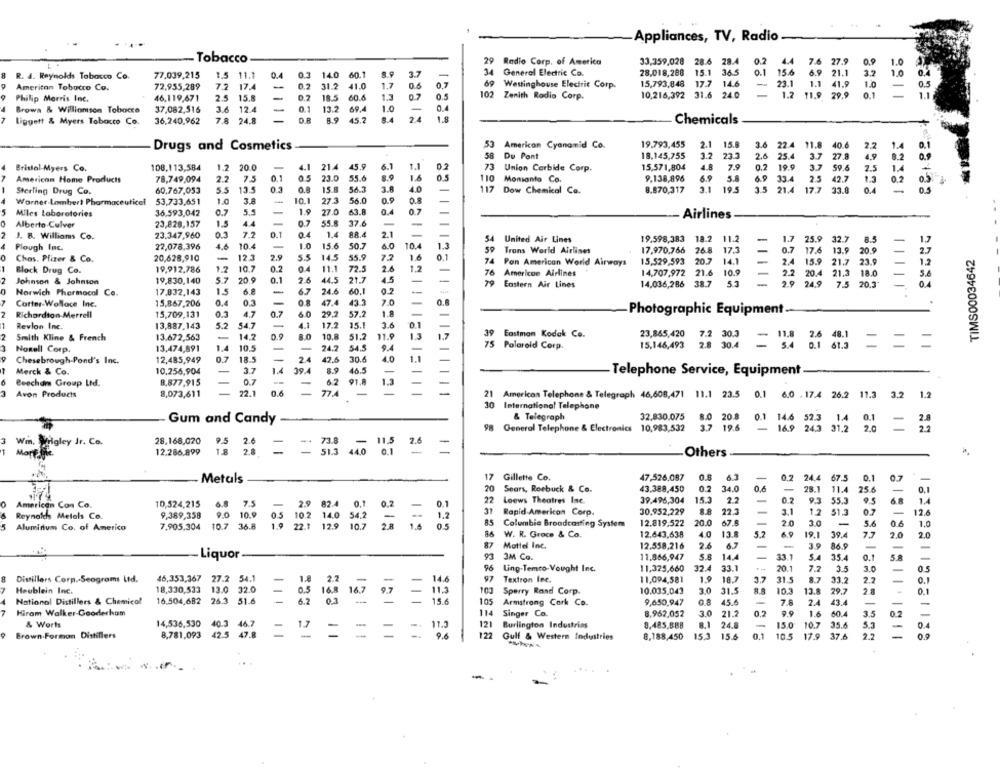
Appliances, TV, Radio
Tobacco
29
Radio Corp. of America
33,359,028
28.6
28.4
4.4
7.6
27.9
0.9
1.0
34
R. A. Reynolds Tobacco Co.
77.039,215
1.5
:11.1
0.4
0.3
14.0 60.1
8.9
3.7
-
General Electric Co.
28.018,288
15.1
36.5
0.1 15.6
6.9 21.1
3.2
1.0
72,955,289
72
17.4
-
0.2
31.2
1.7
0.6
0.7
Westinghouse Electric Corp.
15,793,848
17.7
14.6
23.1
1.1 41.9
1.0
American Tobacco Co.
41.0
102
Philip Morris Inc.
46,119,671
25
15.8
-
0.2 18.5 60.6
1.3
07
0.5
Zenith Radio Corp.
10,216,392
31.6 24.0
1.2
11.9 29.9
0.1
3.6 12.4
0.1 13.2 69.4
1.0
0.4
Brown & Williamson Tobacco
37,082,516
-
liggett & Myers Tobacco Co.
36,240,962
7.8 24.8
OR
8.9 45.2
2.4
1.8
Chemicals
Drugs and Cosmetics
53 American Cyanamid Co.
19.793,455
2.1
15.8
3.6 22.4
11.8 40.6
2.2
0.1
1.2
58 Du Pont
18.145,755
23.
2.6
25.4
3.7
27.8
4,9
Bristol-Myers Co.
108,113,584
1.2
20.0
4.1
21.4
45.9
6.1
1.1
0.2
73 Union Carbide Corp.
15,571,804
7.9
0.2
19.9
59.6
2.5
0.1
23.0
55.6
1.6
9,138,896
6.9
5.8
69
3.7
American Home Products
78,749,094
2.2
7.5
0.5
110 Monsanto Co.
33.4
2.5
42.7
1.3
05
Sterling Drug Co.
60,767,053
5.5
13.5
0.3
15.8
56.3
3.8
117 Dow Chemical Co.
8.870,317
3.1
10.5
3.5
21.4
17.7
0.4
0.5
1.0
3.A
10.1
27.3
56.0
0.9
0.8
Warner.Lombert Pharmaceutical
53,733,651
Miles Laboratories
36.593,042
0.7
5.5
1.9
27.0
63.8
0.7
Airlines
Alberto Culver
23,828,157
1.5
0.7
55.8
37.6
I. B. Williams Co.
23.347,960
03
7.2
0.1
0.4
1.
88.4
2.1
54 United Air Lines
19.598,383
18.2 11.2
-
1.7
25.9 32.7
8.5
Plough Inc.
22,078,396
4.6
10.4
1.0
15.6
50.
40
10.4
1.3
Trons World Airlines
17.970,766
26.8
17.1
-
0.7
17.6
13.9
20.9
2.7
TIMS00034642
0
Chas. Pfizer & Co.
20,628,910
12.3
2.9
55
145
55.9
7.2
1.6
0.1
15,529,593
20.7
14.1
2.4
15.9
21.7
23.9
1,2
Block Drug Co.
19.912.786
10.7
0.2
11.1
72.5
2.6
74 Pan American World Airways
.76
American Airlines
14,707,972
21.6
10.9
-
20.4 21.3 18.0
5.
Johnson & Johnson
19.830,140
5.7
20 9
0.1
2.6
44.5
21.7
1.5
79
Eastern Air Lines
14,036,286
38.7
5.3
2.9 24.9
7.5
20.3
0.4
0
Norwich Pharmacol Co.
17.832,143
15
-
6.7
24.6
60,1
0.2
Carter-Wollace Inc.
15,867,206
0.4
0.3
47.4
43.3
7.0
2
Richardton Merrell
15,709,131
4.7
0.7
60
29.7
57.2
1.8
Photographic Equipment
0.1
Revlon Inc.
13,887,143
54.7
-
4.1
17.2
15.1
3.6
2
Smith Kline & French
13.672,563
14.2
8.0
10.8
51.2
11.9
1.3
1.7
39 Eastman Kodak Co.
23,865,420 7.2 30.3
11.8 2.6 48.1
1.4
9.4
75
75 Polaroid Corp.
15,146,493 2.8 30.4
= 5.4 0.1 61.3
=
-
NoRell Corp.
13,474,891
10.5
24.2
54.5
Chesebrough-Pond's Inc.
12,485,949
07
18.5
24
42.6
30.6
40
1.1
3.7
39.4
8.9
46.5
Merck & Co.
10.256,904
Telephone Service, Equipment
Beecham Group Ltd.
8,877,915
02
62
91.8
1.3
22.1
0.6
77.4
-
-
3
Avon Products
8,073,611
21 American Telephone & Telegraph 46,608,471 11.1 23.5 0.1 6.0 .17.4 26.2 11.3
3.2
1.2
30 International Telephone
& Telegraph
32.830,075
Gum and Candy
8.0 20.8
0.1 14.6 52.3 1.4
0.1
=
2.8
98 General Telephone & Electronics 10,983,532
3.7 19.6
16.9 24.3 31.2
2.0
2.2
3
Win, Wrigley Ir. Co.
28.168,020
9.5
11.5
2.6
Morf lie.
12.286.899
1.8
28
=
=
Others
17
Gillette Co.
47,526,087
0.8
6.3
-
0.7
24.4
67.5
0.1
0.7
Metals
20 Sears, Roebuck & Co.
43.388,450
0.2
34.0
0.6
-
28.1
11.4
25.6
0.1
22
Loews Theatres Inc.
39.496,304
15.3
27
0.2
9.3
55.3
6.
American Con Co.
10,524,215
6.8 7.5
-
2.9 82.4
0.1
-
Reynolds Metels Co.
9,389,358
9.0 10.9
0.2
31
Rapid Americon Corp.
30.952,229
22.3
3.1
1.2
51.3
12,6
102
14.0
34.2
1.2
85
Columbia Broadcasting System
12.819,522
20.0
67.5
20
3.0
-
5.6
06
1.0
5
Aluminium Co. of Americo
7,905.304
10.7 36.8
1.9 22.1 12.9
86
W. R. Groce & Co.
12.643,638
40
13.1
5.7
19.1
39.4
7.7
2.0
2.0
Mattel Inc.
12.558,216
-
86.9
Liquor
3M Co.
11.866,947
14.
33.1
35.4
0.1
-
96
Ling-Temto-Vought Inc.
11,325,660
32.4
33.1
20.
7.7
35
3.0
14.6
97
Divillers Corp .- Seogroms Ltd.
46,353,367 27.2 54.1
-
1.8
2.
Textron Inc.
11,094,581
1.9
18.3
31.5
33.2
2.7
Heublein Inc.
18,330,533
13.0 32.0
0.5
16.8
11.3
103
Sperry Rand Corp.
10.035.043
3.0
31.5
10.3
29.7
2.8
0.1
16.504,682 26.3
51.6
0.3
167
105
0.8
National Distillers & Chemical
6.2
121
15.6
Armstrong Cork Co.
9,650,947
45.6
7.8
2.4
-
-
Hiram Walker-Gooderham
114
Singer Co.
8.962,052
3.0
21.2
9.9
1.6
60.
-
14,536,530
40.3
46.7
121
15.0
35.6
& Worts
1.7
1
11.5
Burlington Industrias
0,485.BBB
24.8
10.7
Brown-Forman Distillers
8,781,093
42.5
-
9.6
122
Gulf & Western Industries
8,188,450
15.3
15.6
0.1
10.5
17.9
37.6
0.9
-